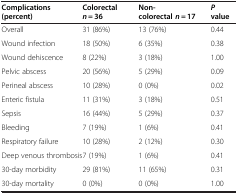
<table><thead><tr><td><b>Complications (percent)</b></td><td><b>Colorectal<i>n =</i> 36</b></td><td><b>Non-colorectal<i>n =</i> 17</b></td><td><b><i>P </i>value</b></td></tr></thead><tbody><tr><td>Overall</td><td>31 (86%)</td><td>13 (76%)</td><td>0.44</td></tr><tr><td>Wound infection</td><td>18 (50%)</td><td>6 (35%)</td><td>0.38</td></tr><tr><td>Wound dehiscence</td><td>8 (22%)</td><td>3 (18%)</td><td>1.00</td></tr><tr><td>Pelvic abscess</td><td>20 (56%)</td><td>5 (29%)</td><td>0.09</td></tr><tr><td>Perineal abscess</td><td>10 (28%)</td><td>0 (0%)</td><td>0.02</td></tr><tr><td>Enteric fistula</td><td>11 (31%)</td><td>3 (18%)</td><td>0.51</td></tr><tr><td>Sepsis</td><td>16 (44%)</td><td>5 (29%)</td><td>0.37</td></tr><tr><td>Bleeding</td><td>7 (19%)</td><td>1 (6%)</td><td>0.41</td></tr><tr><td>Respiratory failure</td><td>10 (28%)</td><td>2 (12%)</td><td>0.30</td></tr><tr><td>Deep venous thrombosis</td><td>7 (19%)</td><td>1 (6%)</td><td>0.41</td></tr><tr><td>30-day morbidity</td><td>29 (81%)</td><td>11 (65%)</td><td>0.31</td></tr><tr><td>30-day mortality</td><td>0 (0%)</td><td>0 (0%)</td><td>1.00</td></tr></tbody></table>